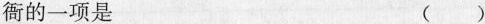
衙的一项是 ()